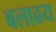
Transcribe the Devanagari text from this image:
बलाढय